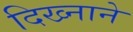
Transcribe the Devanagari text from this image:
दिख्नाने